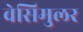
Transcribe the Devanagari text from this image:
वेसिमुलर